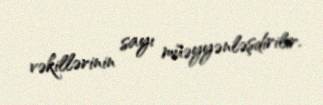
vəkillərinin sayı müəyyənləşdirilir.